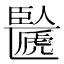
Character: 𠥸